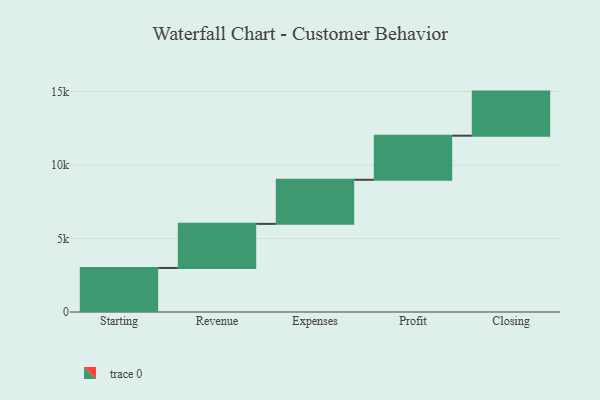
{"axis": {"x": "Step", "y": "Value"}, "legend": [""], "data": [{"x": "Starting", "y": 2997.0, "type": ""}, {"x": "Revenue", "y": 3000, "type": ""}, {"x": "Expenses", "y": 3000, "type": ""}, {"x": "Profit", "y": 3000, "type": ""}, {"x": "Closing", "y": 3000, "type": ""}]}